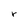
Character: r